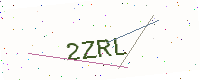
Text: 2ZRL